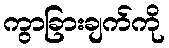
ကွာခြားချက်ကို